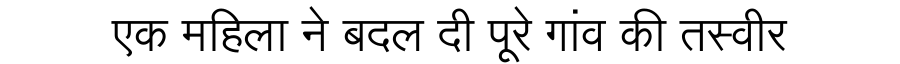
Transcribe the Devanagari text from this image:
एक महिला ने बदल दी पूरे गांव की तस्वीर